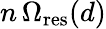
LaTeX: n\, \Omega_{\mathrm{res}}(d)